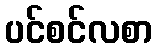
ပင်စင်လစာ